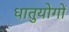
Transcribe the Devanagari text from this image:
धातुयोगों